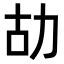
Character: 𠡉